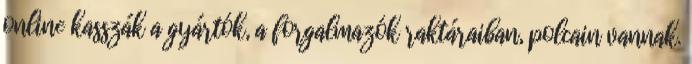
online kasszák a gyártók, a forgalmazók raktáraiban, polcain vannak.